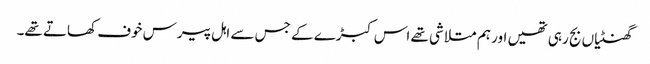
گھنٹیاں بج رہی تھیں اور ہم متلاشی تھے اس کبڑے کے جس سے اہل پیرس خوف کھاتے تھے۔